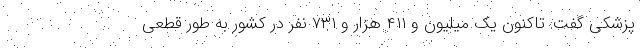
پزشکی گفت: تاکنون یک میلیون و ۴۱۱ هزار و ۷۳۱ نفر در کشور به طور قطعی